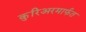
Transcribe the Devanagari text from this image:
कुरिअरमार्फत